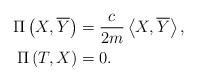
LaTeX: \begin{align*}\Pi\left( X,\overline{Y}\right) & =\frac{c}{2m}\left\langle X,\overline{Y}\right\rangle ,\\\Pi\left( T,X\right) & =0.\end{align*}